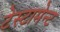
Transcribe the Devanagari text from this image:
टेस्टामेन्ट